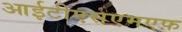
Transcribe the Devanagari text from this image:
आईटीएसएमएफ़